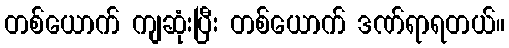
တစ်ယောက် ကျဆုံးပြီး တစ်ယောက် ဒဏ်ရာရတယ်။